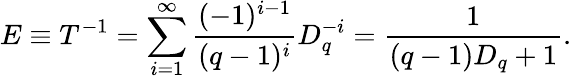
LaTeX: E\equiv T^{-1}=\sum_{i=1}^{\infty}\frac{(-1)^{i-1}}{(q-1)^{i}}D_{q}^{-i}=\frac 1{(q-1)D_{q}+1}.